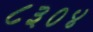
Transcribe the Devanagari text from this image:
८३०४